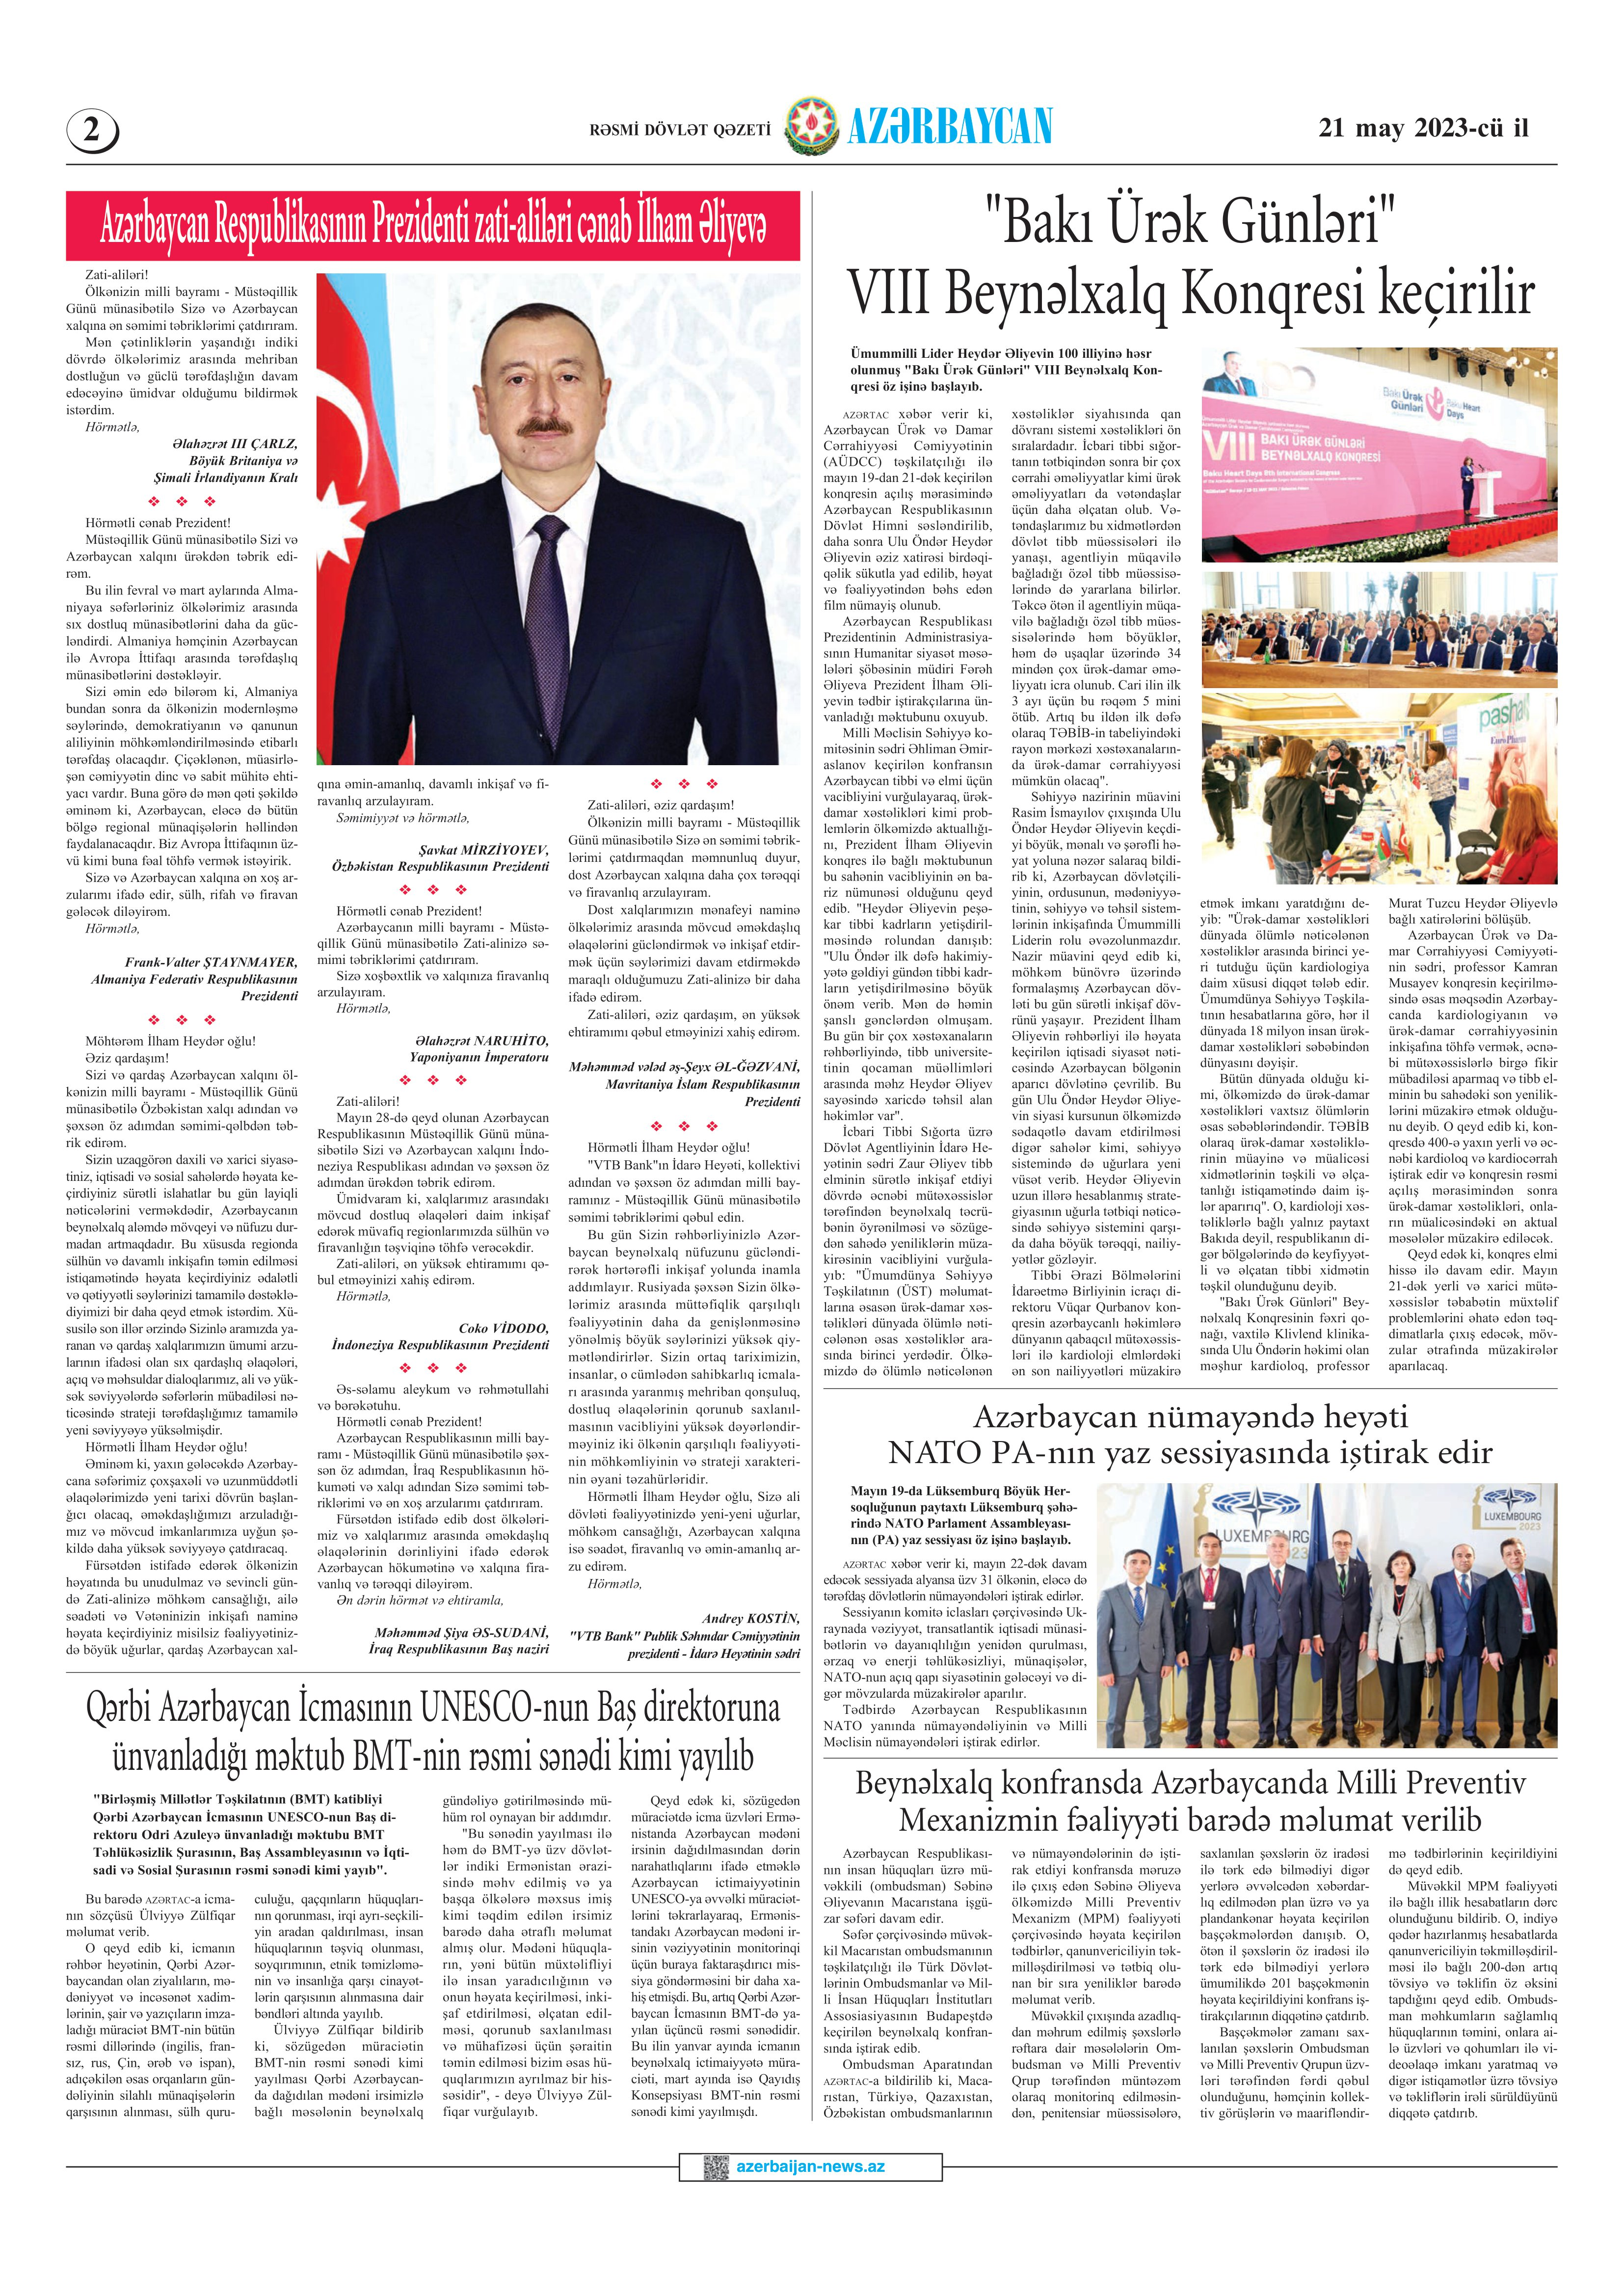
Language: az